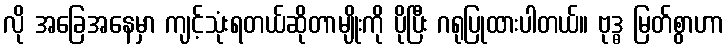
လို အခြေအနေမှာ ကျင့်သုံးရတယ်ဆိုတာမျိုးကို ပိုပြီး ဂရုပြုထားပါတယ်။ ဗုဒ္ဓ မြတ်စွာဟာ